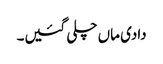
دادی ماں چلی گئیں۔